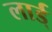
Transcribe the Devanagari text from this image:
लार्ड्‌